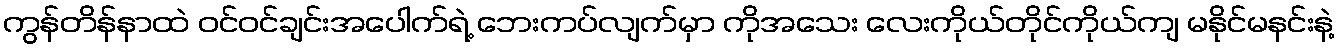
ကွန်တိန်နာထဲ ဝင်ဝင်ချင်းအပေါက်ရဲ့ ဘေးကပ်လျက်မှာ ကိုအသေး လေးကိုယ်တိုင်ကိုယ်ကျ မနိုင်မနင်းနဲ့